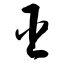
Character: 臣